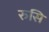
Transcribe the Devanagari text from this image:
रुसि